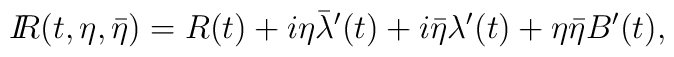
{I\!\!R}(t, \eta, \bar\eta)= R(t) + i\eta\bar\lambda^\prime(t) + i\bar\eta \lambda^\prime(t) + \eta \bar\eta B^\prime(t),